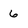
Character: 6